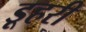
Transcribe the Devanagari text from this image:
डूहरी